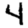
Digit: 4